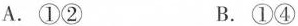
A.①② B.①④